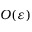
O ( \varepsilon )